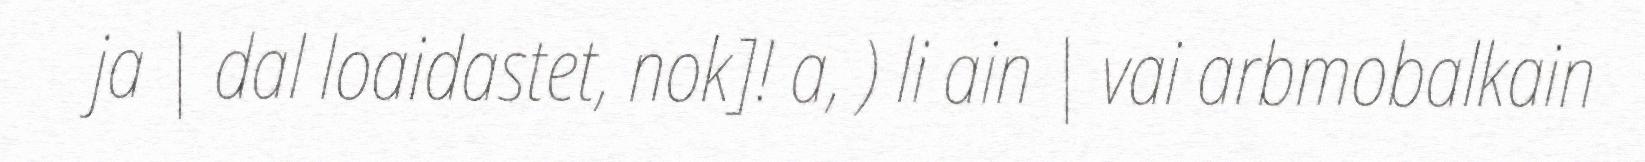
ja | dal loaidastet, nok]! a, ) li ain | vai arbmobalkain